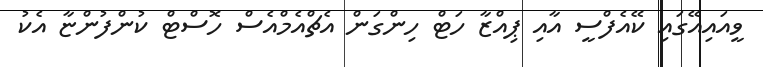
ވީއައިއޭގައި ކޭއެފްސީ އާއި ޕިއްޒާ ހަޓް ހިންގަން އެޗްއެމްއެސް ހޮސްޓް ކުންފުންޏާ އެކު